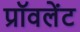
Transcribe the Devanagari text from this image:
प्रॉवलेंट